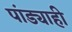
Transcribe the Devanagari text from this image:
पांड्याही